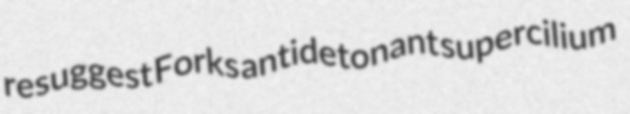
resuggest Forks antidetonant supercilium